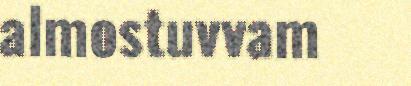
almostuvvam